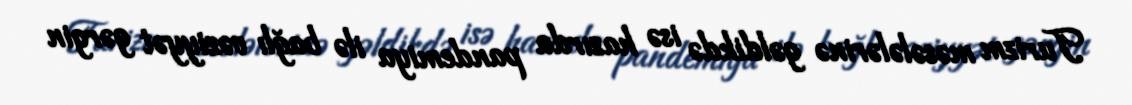
Turizm məsələlərinə gəldikdə isə hazırda pandemiya ilə bağlı vəziyyət gərgin